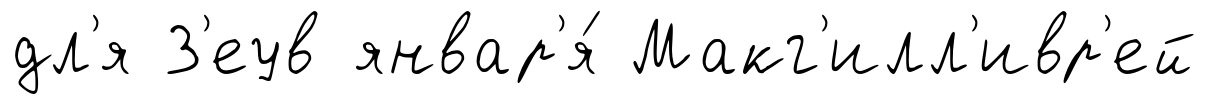
дл'я З'еув январ'я́ Макг'илл'ивр'ей